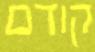
קודם